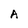
Character: A